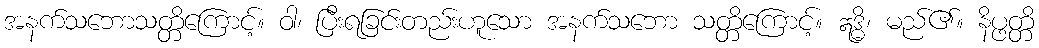
အနက်သဘောသတ္တိကြောင့်။ ဝါ၊ ပြီးရခြင်းတည်းဟူသော အနက်သဘော သတ္တိကြောင့်။ ဣဒ္ဓိ၊ မည်၏။ နိပ္ဖတ္တိ